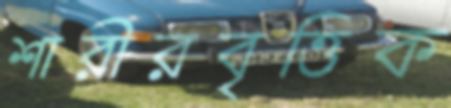
শারীরবৃত্তিক